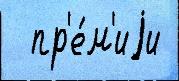
  пр'е́м'иjи